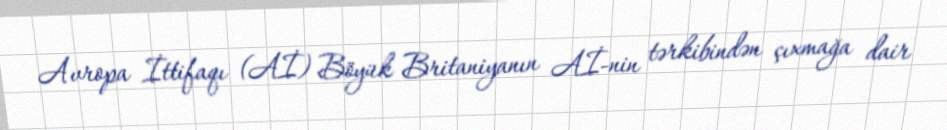
Avropa İttifaqı (Aİ) Böyük Britaniyanın Aİ-nin tərkibindən çıxmağa dair